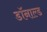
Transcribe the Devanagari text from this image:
डाॅनाल्ड